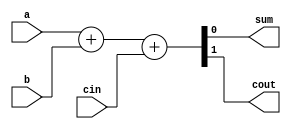
`timescale 1ns / 1ps
//////////////////////////////////////////////////////////////////////////////////
// Company: 
// Engineer: 
// 
// Design Name: 
// Module Name: FA
// Project Name: 
// Target Devices: 
// Tool Versions: 
// Description: 
// 
// Dependencies: 
// 
// Revision:
// Revision 0.01 - File Created
// Additional Comments:
// 
//////////////////////////////////////////////////////////////////////////////////


module full_adder(a, b, cin, sum, cout);
  input a, b, cin;
  output sum, cout;

  assign {cout, sum} = a + b + cin;

endmodule